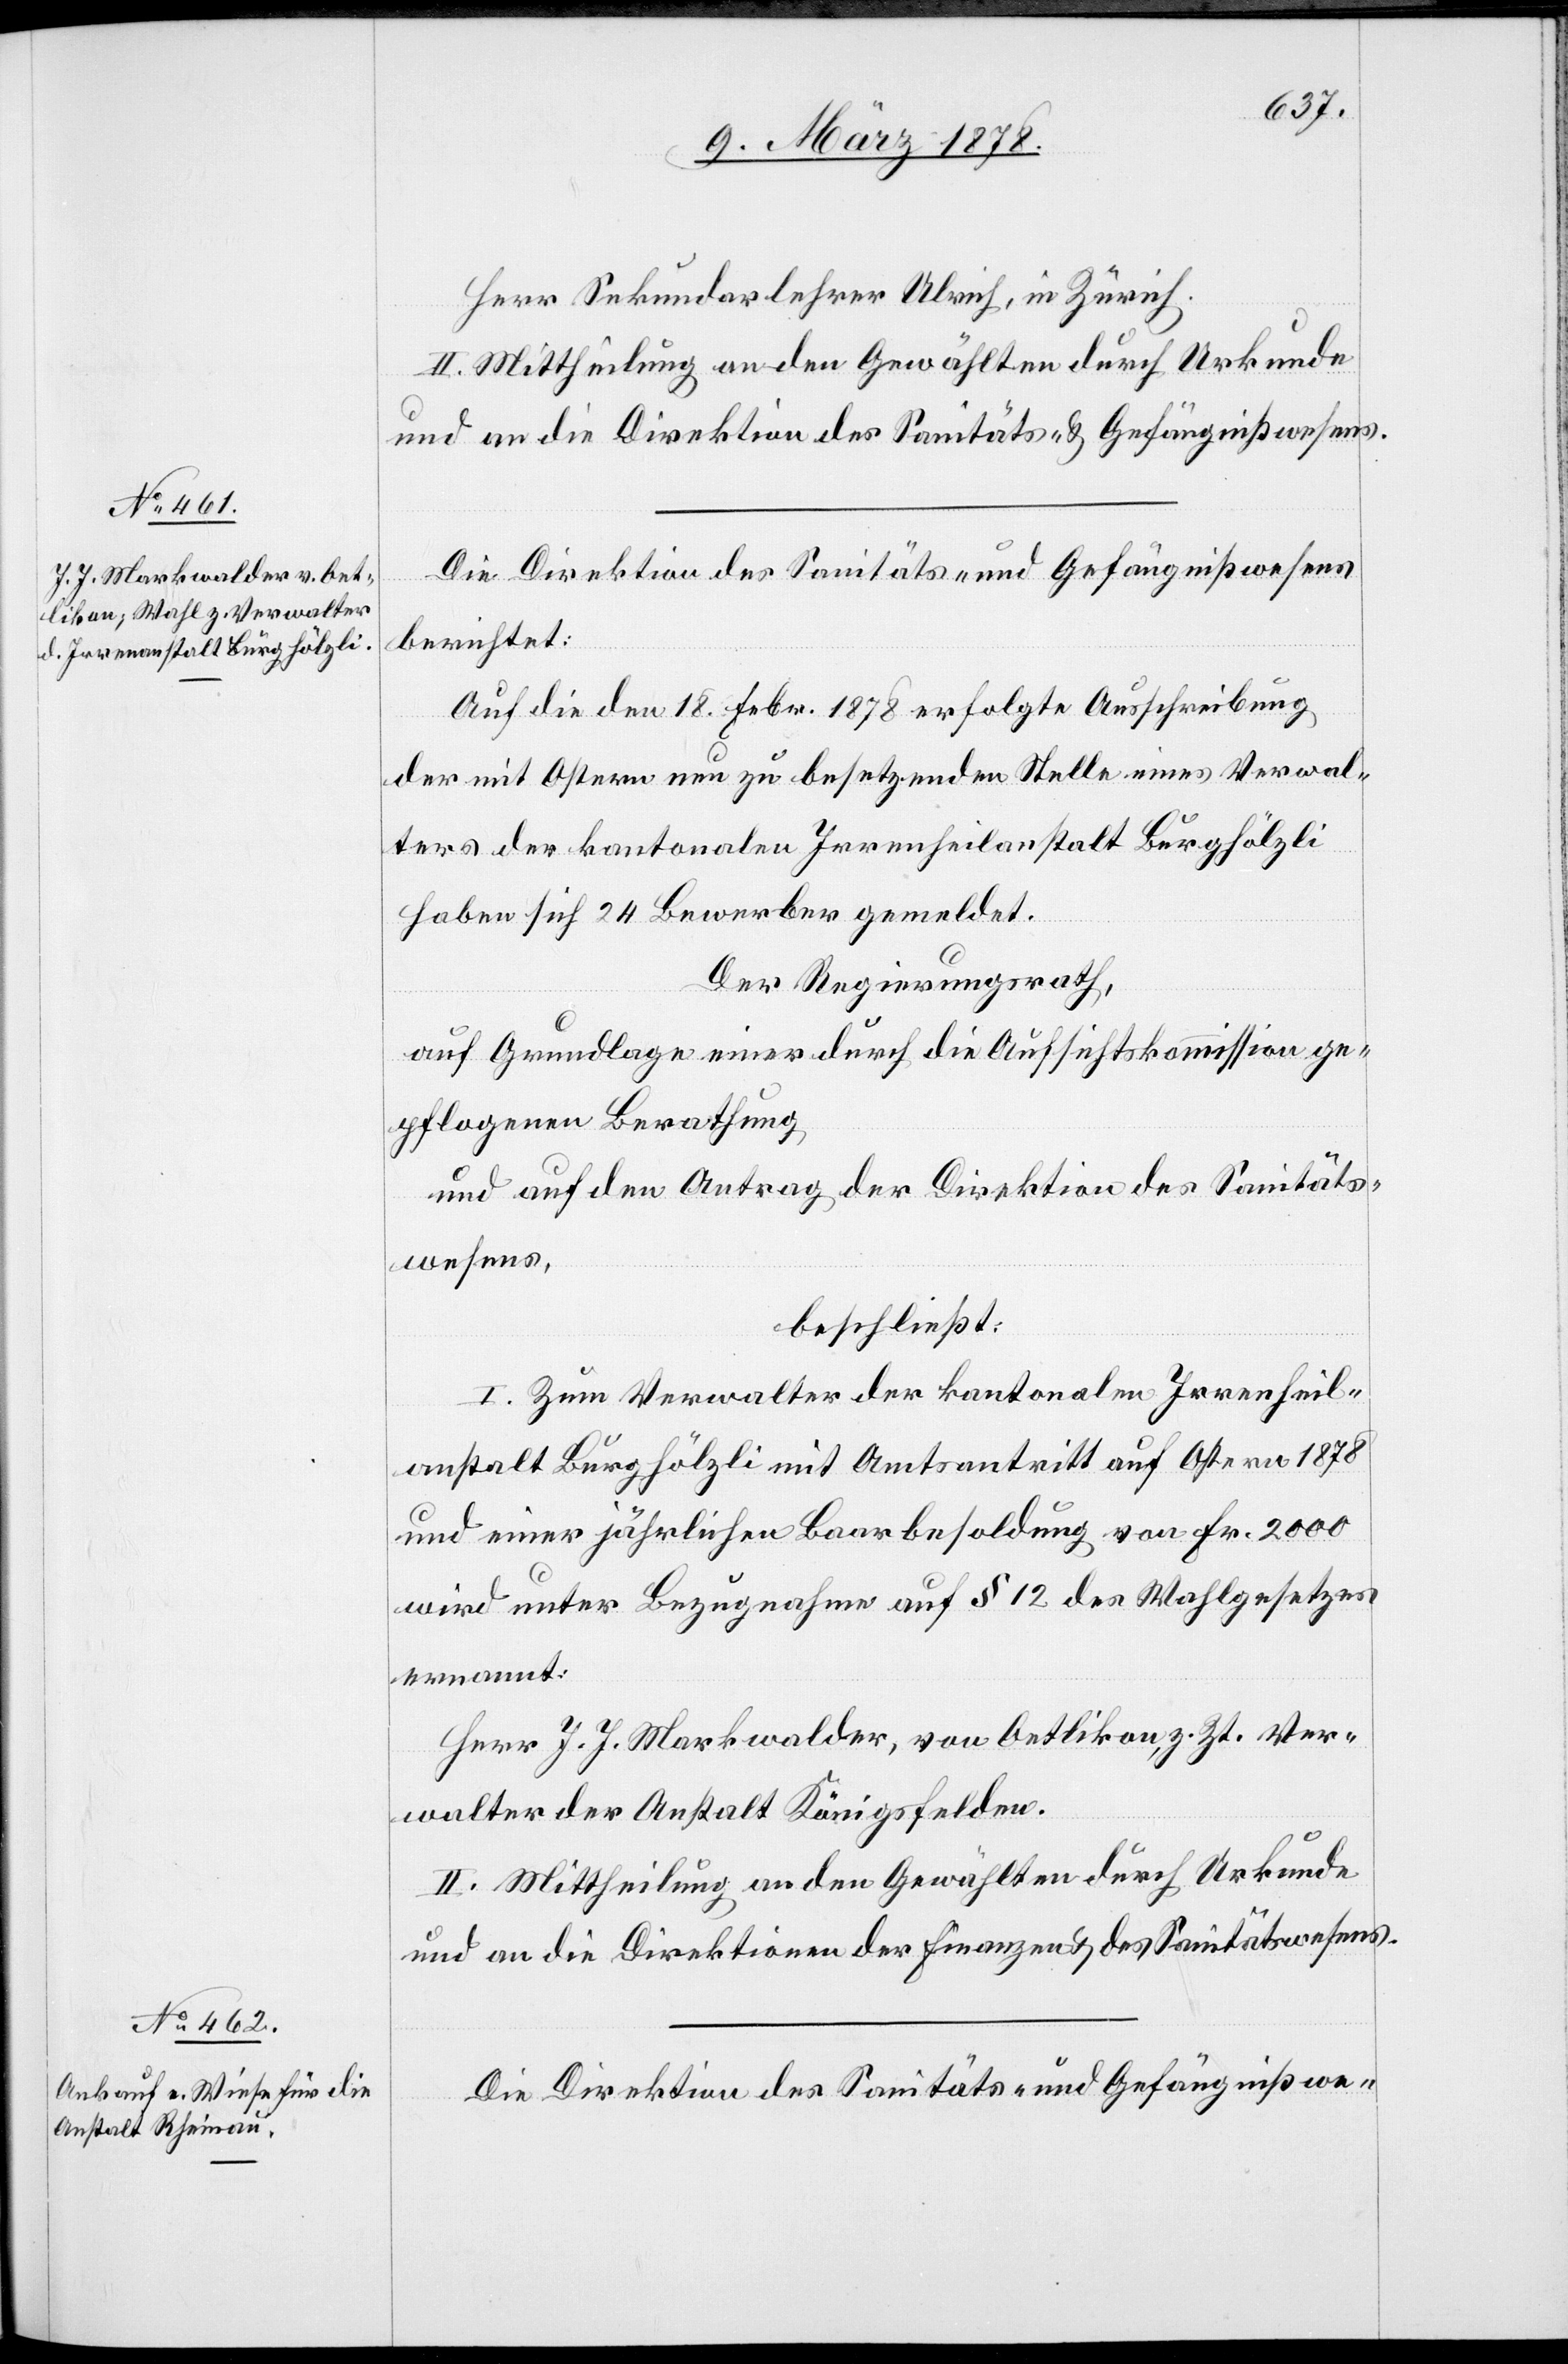
Herr Sekundarlehrer Ulrich, in Zürich.
II. Mittheilung an den Gewählten durch Urkunde
und an die Direktion des Sanitäts- & Gefängnißwesens.
Die Direktion des Sanitäts- & Gefängnißwesens
berichtet:
Auf die den 18. Febr. 1878 erfolgte Ausschreibung
der mit Ostern neu zu besetzenden Stelle eines Verwal¬
ters der kantonalen Irrenheilanstalt Burghölzli
haben sich 24 Bewerber gemeldet.
Der Regierungsrath,
auf Grundlage einer durch die Aufsichtskommission ge¬
pflogenen Berathung
und auf den Antrag der Direktion des Sanitäts¬
wesens,
beschließt:
I. Zum Verwalter der kantonalen Irrenheil¬
anstalt Burghölzli mit Amtsantritt auf Ostern 1878
und einer jährlichen Baarbesoldung von Fr. 2000
wird unter Bezugnahme auf § 12 des Wahlgesetzes
ernannt:
Herr J. J. Markwalder, von Oetlikon, z. Zt. Ver¬
walter der Anstalt Königsfelden.
II. Mittheilung an den Gewählten durch Urkunde
und an die Direktionen der Finanzen & des Sanitätswesens.
Die Direktion des Sanitäts- & Gefängnißwe-